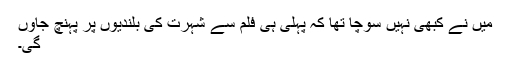
میں نے کبھی نہیں سوچا تھا کہ پہلی ہی فلم سے شہرت کی بلندیوں پر پہنچ جاؤں
گی۔